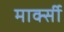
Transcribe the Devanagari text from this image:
मार्क्सी